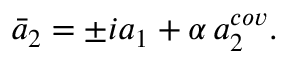
\bar { a } _ { 2 } = \pm i a _ { 1 } + \alpha \, a _ { 2 } ^ { c o v } .